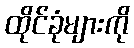
ထိုင်ခုံများကို